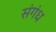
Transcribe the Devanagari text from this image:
संगंध